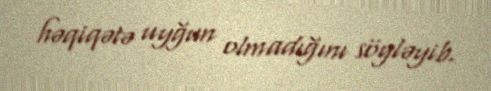
həqiqətə uyğun olmadığını söyləyib.